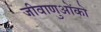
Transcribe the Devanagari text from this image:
जीवाणुओंको